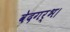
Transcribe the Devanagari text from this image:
वेदगर्भ।